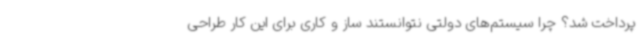
پرداخت شد؟ چرا سیستم‌های دولتی نتوانستند ساز و کاری برای این کار طراحی